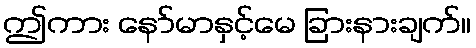
ဤကား နော်မာနှင့်မေ ခြားနားချက်။